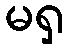
မရှ